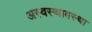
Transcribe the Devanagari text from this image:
अस्वस्थावस्था